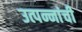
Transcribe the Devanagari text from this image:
उत्पन्नांची